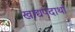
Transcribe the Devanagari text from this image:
खाद्यपदार्था